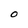
Character: O